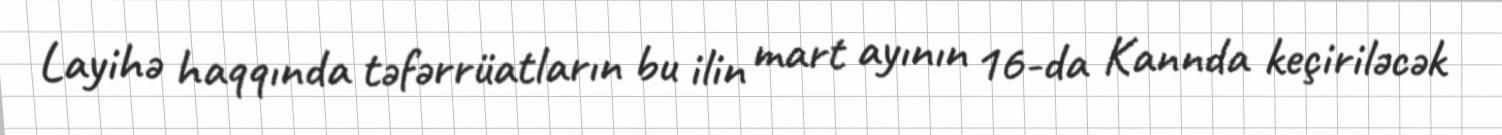
Layihə haqqında təfərrüatların bu ilin mart ayının 16-da Kannda keçiriləcək